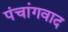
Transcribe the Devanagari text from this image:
पंचांगवाद